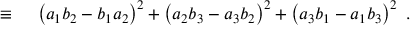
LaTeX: \begin{array} { r l } { \equiv { } } & { { } \left( a _ { 1 } b _ { 2 } - b _ { 1 } a _ { 2 } \right) ^ { 2 } + \left( a _ { 2 } b _ { 3 } - a _ { 3 } b _ { 2 } \right) ^ { 2 } + \left( a _ { 3 } b _ { 1 } - a _ { 1 } b _ { 3 } \right) ^ { 2 } \ . } \end{array}